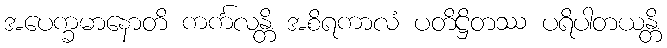
အပေက္ခမာနောတိ ကင်္ကလန္တိ အစိရကာလံ ပတိဋ္ဌိတဿ ပရိပါတယန္တိ